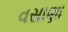
વસાણા